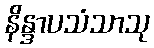
နိန္ဒာပသံသာသု